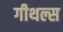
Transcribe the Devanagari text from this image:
गीथल्स